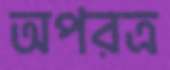
অপরত্র